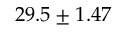
2 9 . 5 \pm 1 . 4 7